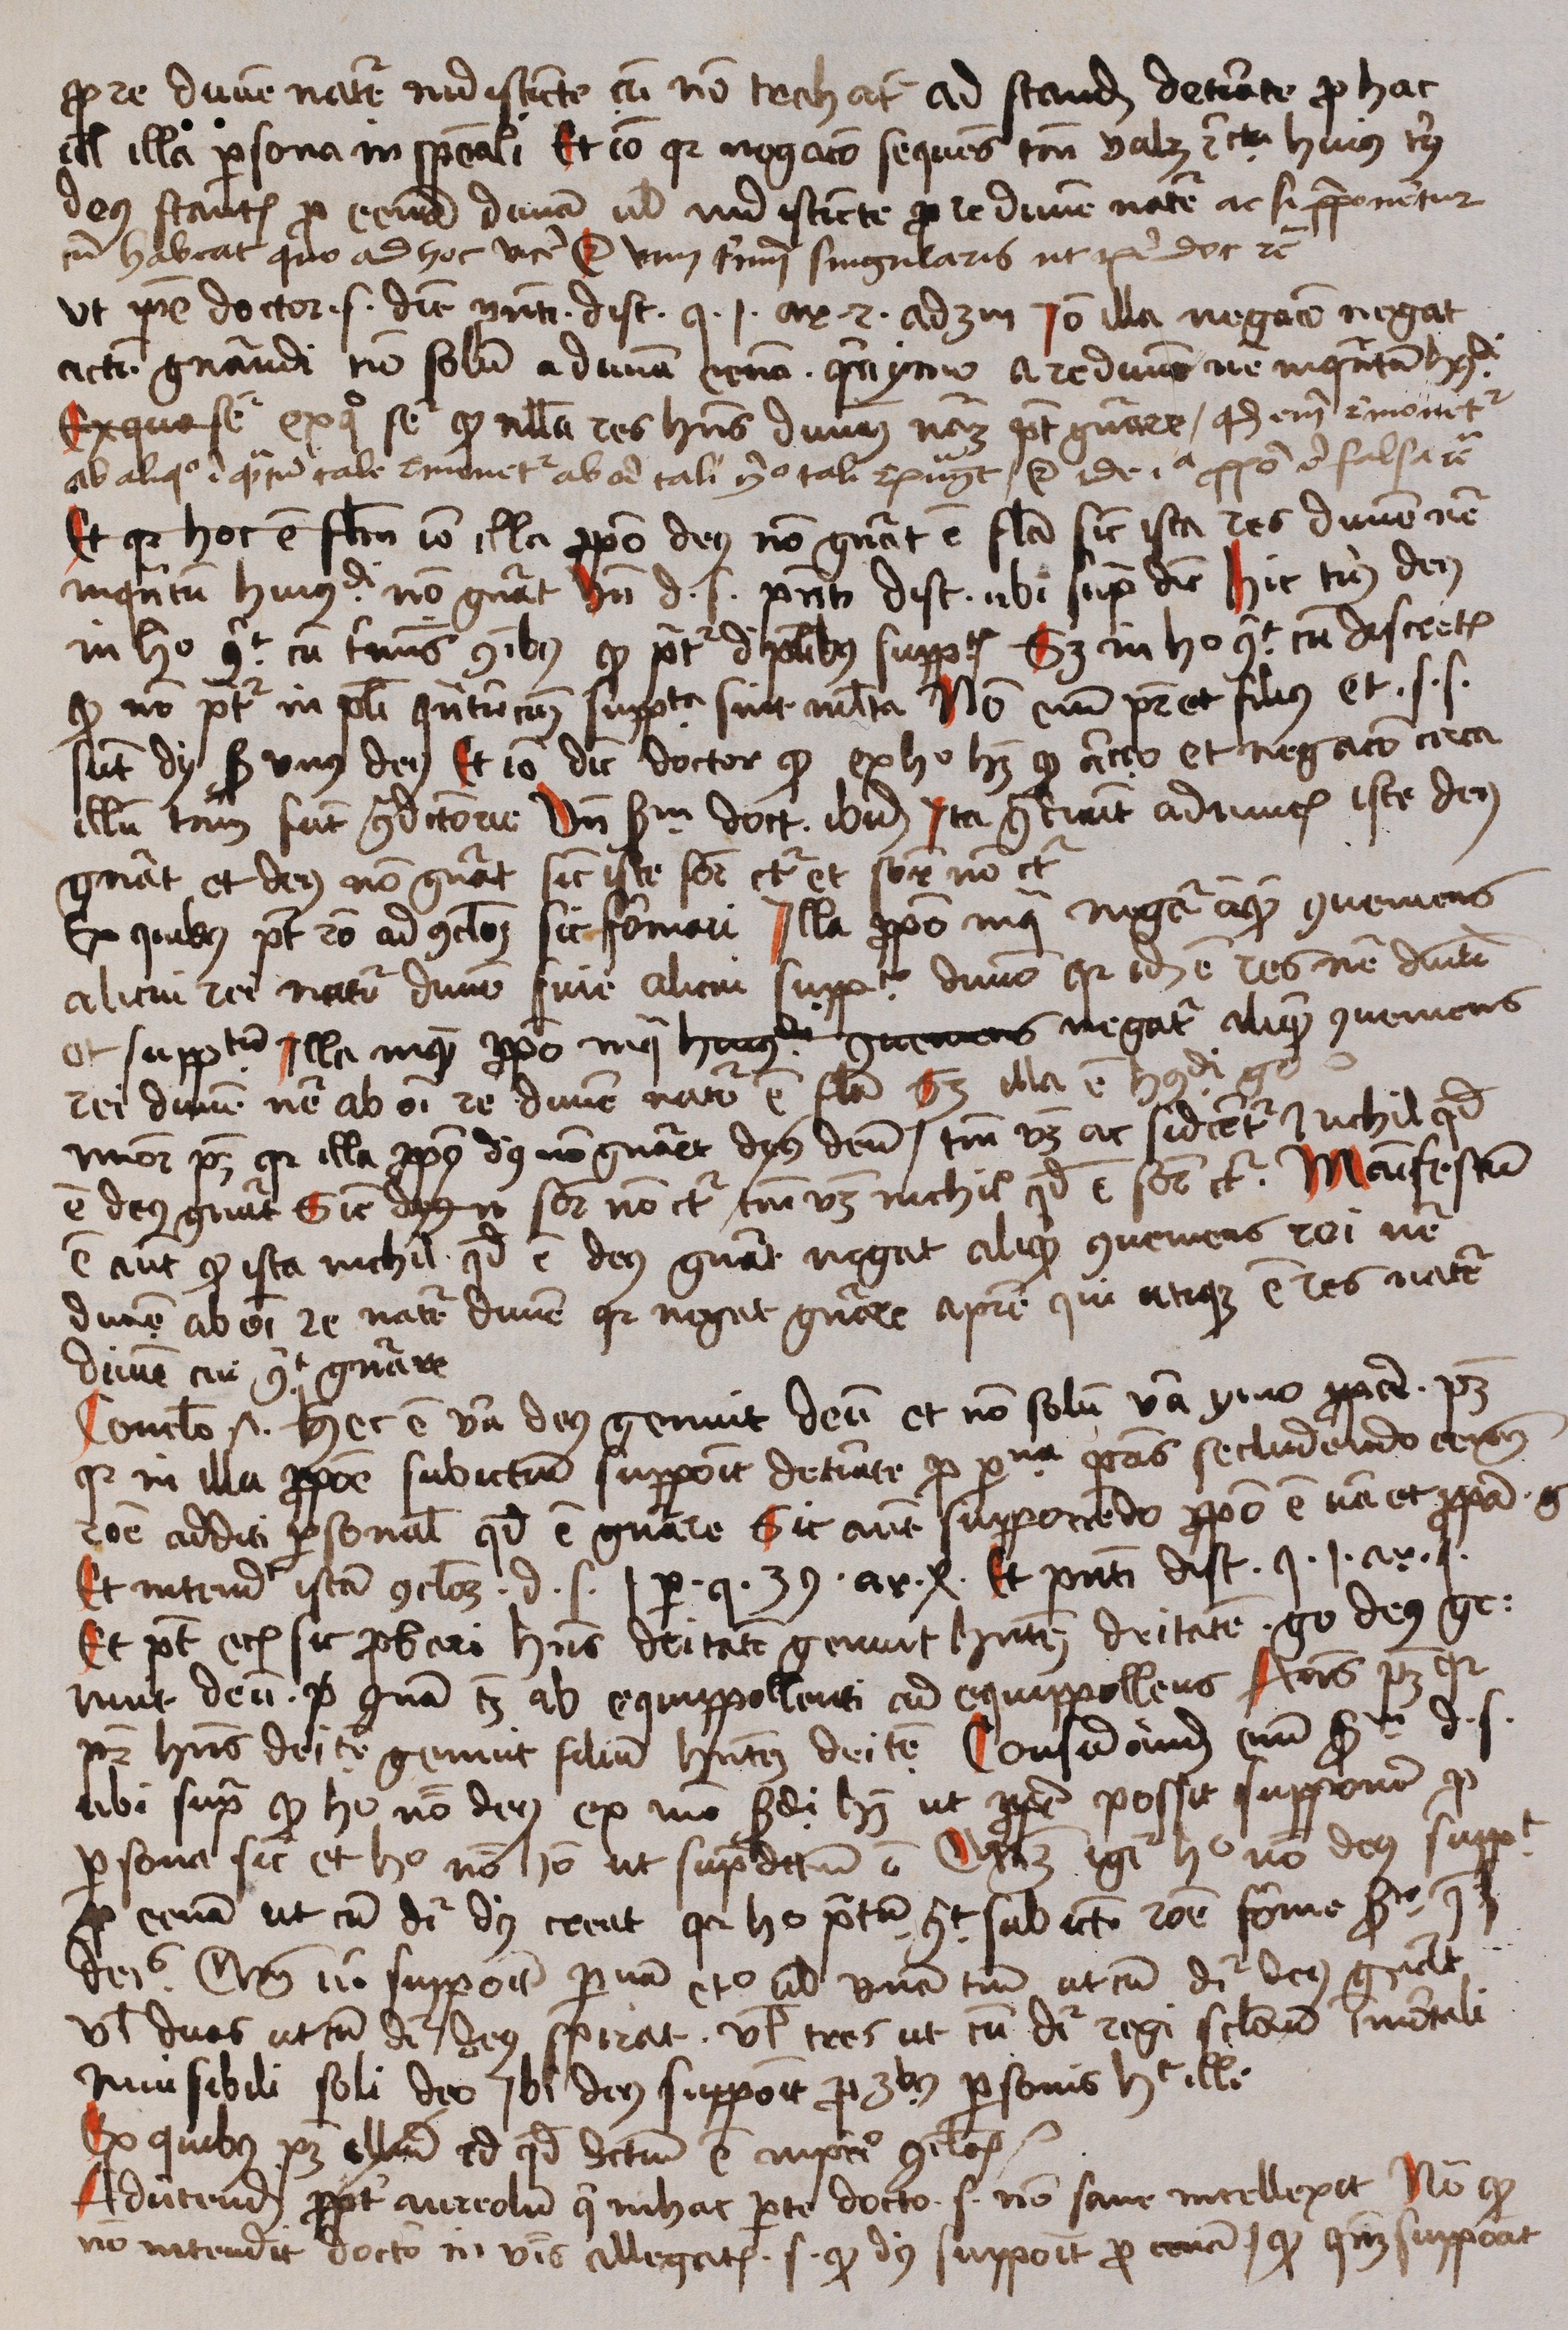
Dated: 1488–1488